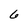
Character: 6